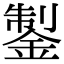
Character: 𨧳